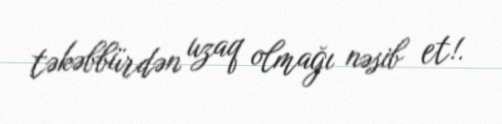
təkəbbürdən uzaq olmağı nəsib et!.